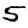
Digit: 5